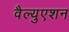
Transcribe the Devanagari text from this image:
वैल्युएशन